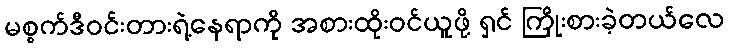
မစ္စက်ဒီဝင်းတားရဲ့နေရာကို အစားထိုးဝင်ယူဖို့ ရှင် ကြိုးစားခဲ့တယ်လေ